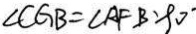
\angle C G B = \angle A F B ^ { \prime } 9 0 ^ { \circ }